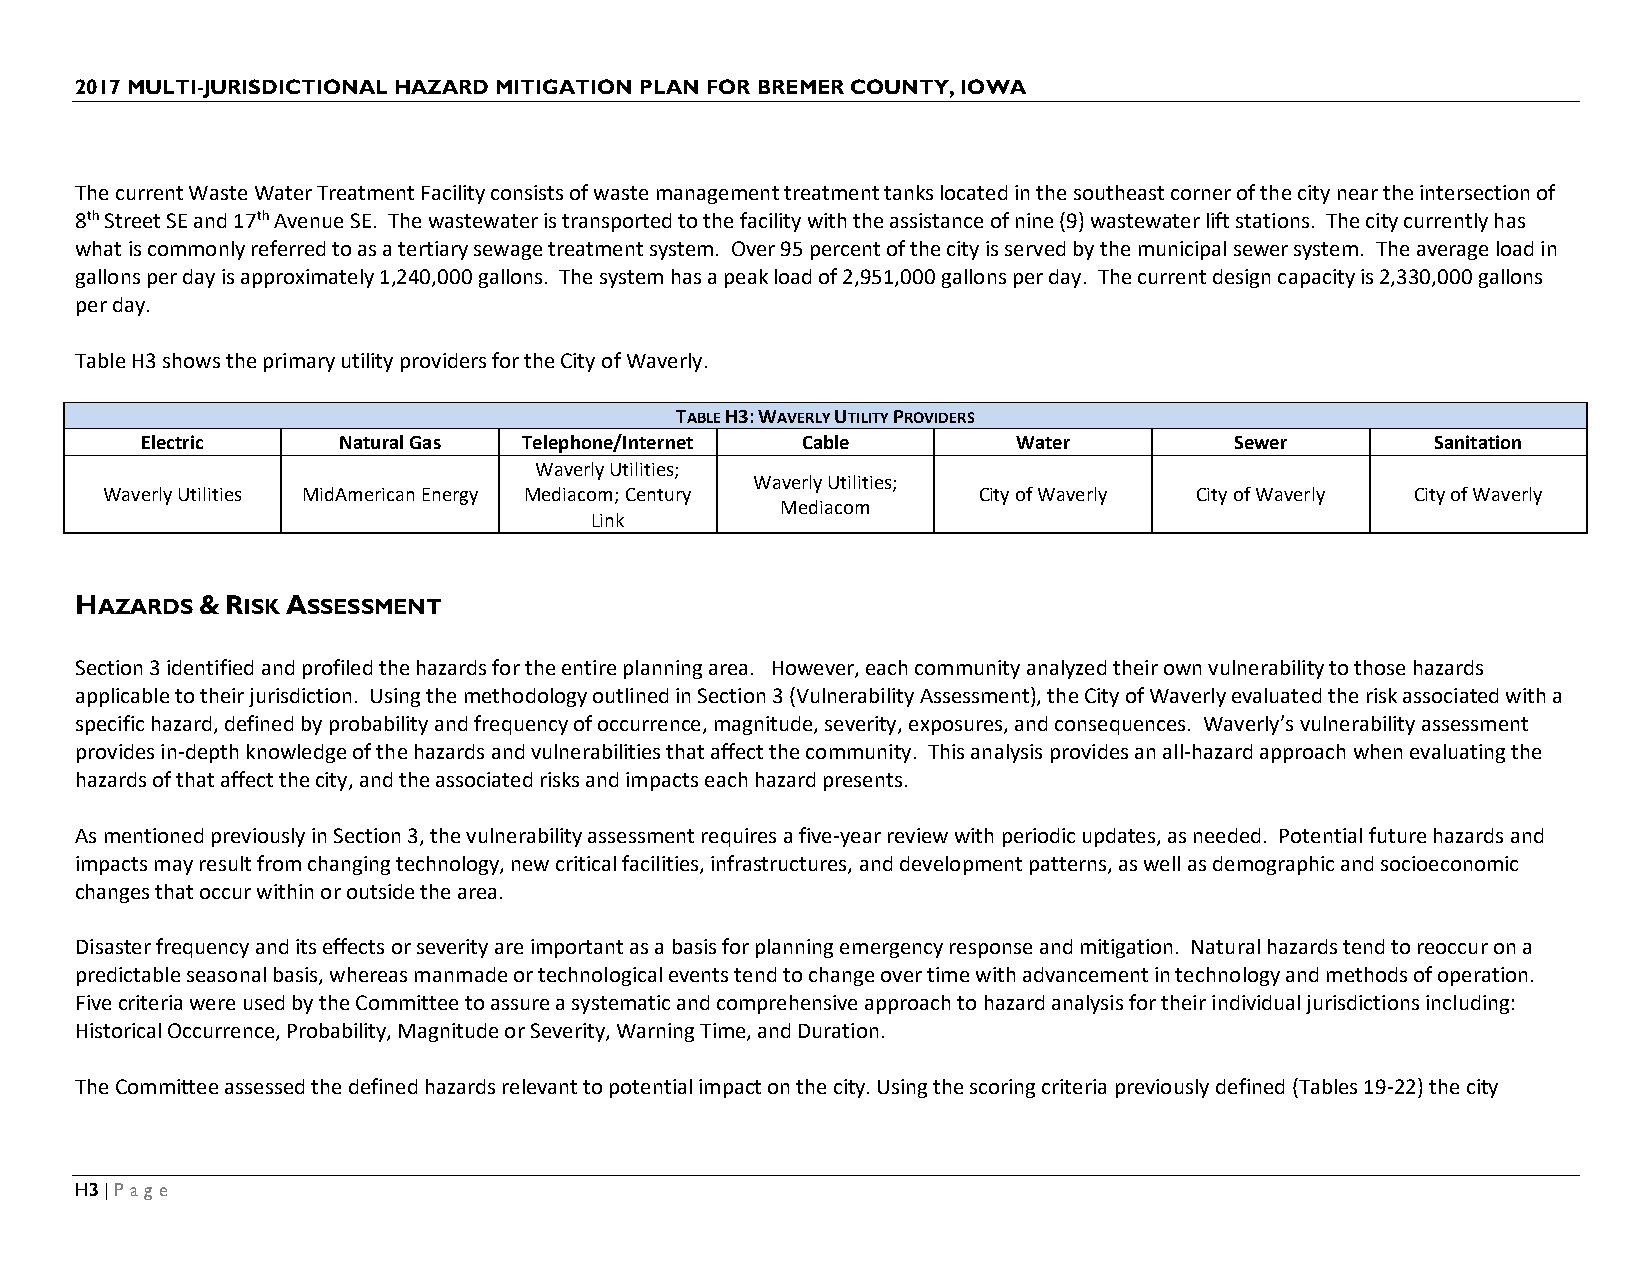
2017 MULTI-JURISDICTIONAL HAZARD MITIGATION PLAN FOR BREMER COUNTY, IOWA
 The current Waste Water Treatment Facility consists of waste management treatment tanks located in the southeast corner of the city near the intersection of
 8th Street SE and 17th Avenue SE. The wastewater is transported to the facility with the assistance of nine (9) wastewater lift stations. The city currently has
 what is commonly referred to as a tertiary sewage treatment system. Over 95 percent of the city is served by the municipal sewer system. The average load in
 gallons per day is approximately 1,240,000 gallons. The system has a peak load of 2,951,000 gallons per day. The current design capacity is 2,330,000 gallons
 per day.
 Table H3 shows the primary utility providers for the City of Waverly.
 TABLE H3: WAVERLY UTILITY PROVIDERS
 Electric     Natural Gas  Telephone/Internet Cable        Water          Sewer        Sanitation
 Waverly Utilities;
 Waverly Utilities;
 Waverly Utilities MidAmerican Energy Mediacom; Century    City of Waverly City of Waverly City of Waverly
 Mediacom
 Link
 HAZARDS & RISK ASSESSMENT
 Section 3 identified and profiled the hazards for the entire planning area. However, each community analyzed their own vulnerability to those hazards
 applicable to their jurisdiction. Using the methodology outlined in Section 3 (Vulnerability Assessment), the City of Waverly evaluated the risk associated with a
 specific hazard, defined by probability and frequency of occurrence, magnitude, severity, exposures, and consequences. Waverly’s vulnerability assessment
 provides in-depth knowledge of the hazards and vulnerabilities that affect the community. This analysis provides an all-hazard approach when evaluating the
 hazards of that affect the city, and the associated risks and impacts each hazard presents.
 As mentioned previously in Section 3, the vulnerability assessment requires a five-year review with periodic updates, as needed. Potential future hazards and
 impacts may result from changing technology, new critical facilities, infrastructures, and development patterns, as well as demographic and socioeconomic
 changes that occur within or outside the area.
 Disaster frequency and its effects or severity are important as a basis for planning emergency response and mitigation. Natural hazards tend to reoccur on a
 predictable seasonal basis, whereas manmade or technological events tend to change over time with advancement in technology and methods of operation.
 Five criteria were used by the Committee to assure a systematic and comprehensive approach to hazard analysis for their individual jurisdictions including:
 Historical Occurrence, Probability, Magnitude or Severity, Warning Time, and Duration.
 The Committee assessed the defined hazards relevant to potential impact on the city. Using the scoring criteria previously defined (Tables 19-22) the city
 H3 | Page